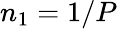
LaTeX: n_{1}=1/P